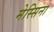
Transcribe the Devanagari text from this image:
मेस्सिना